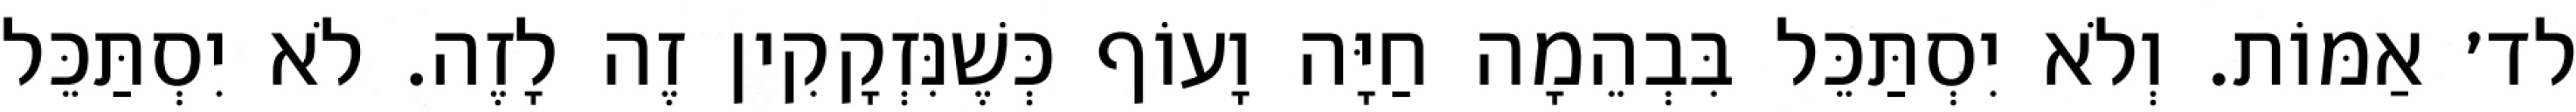
לד׳ אַמּוֹת. וְלֹא יִסְתַּכֵּל בִּבְהֵמָה חַיָּה וָעוֹף כְּשֶׁנִּזְקָקִין זֶה לָזֶה. לֹא יִסְתַּכֵּל